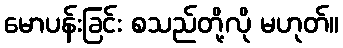
မောပန်းခြင်း စသည်တို့လို မဟုတ်။